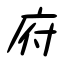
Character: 府